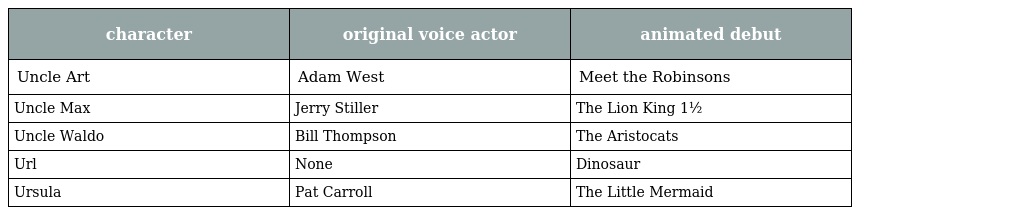
| character | original voice actor | animated debut |
 | --- | --- | --- |
 | Uncle Art | Adam West | Meet the Robinsons |
 | Uncle Max | Jerry Stiller | The Lion King 1½ |
 | Uncle Waldo | Bill Thompson | The Aristocats |
 | Url | None | Dinosaur |
 | Ursula | Pat Carroll | The Little Mermaid |